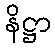
နိဋ္ဌာ